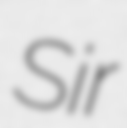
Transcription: Sir